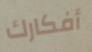
أفكارك